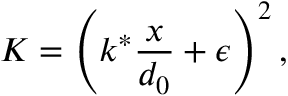
K = \left( k ^ { * } \frac { x } { d _ { 0 } } + \epsilon \right) ^ { 2 } ,